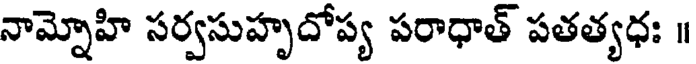
నామ్నోహి సర్వసుహృదోప్య పరాధాత్ పతత్యధః ॥